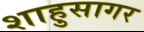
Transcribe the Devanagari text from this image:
शाहुसागर